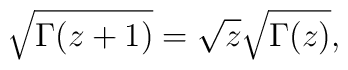
\sqrt{\Gamma(z+1)} =\sqrt z \sqrt{\Gamma(z)},